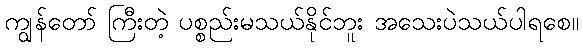
ကျွန်တော် ကြီးတဲ့ ပစ္စည်းမသယ်နိုင်ဘူး အသေးပဲသယ်ပါရစေ။